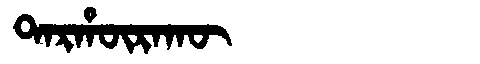
Manchu: ᡨᠠᡵᡥᡡᡵᠠᡴᡡ
Romanization: TARHŪRAKŪ